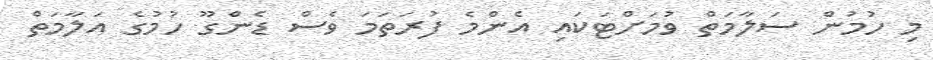
މި ހުމުން ސަލާމަތް ވުމަށްޓަކައި އެންމެ ފުރަތަމަ ވެސް ޑެންގޫ ހުމުގެ އަލާމަތް